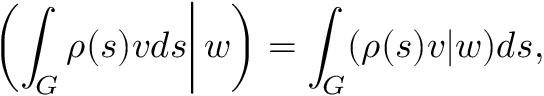
\left. \left( \int _ { G } \rho ( s ) v d s \right| w \right) = \int _ { G } ( \rho ( s ) v | w ) d s ,